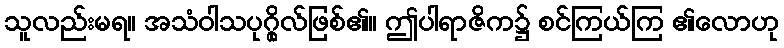
သူလည်းမရ။ အသံဝါသပုဂ္ဂိုလ်ဖြစ်၏။ ဤပါရာဇိက၌ စင်ကြယ်ကြ ၏လောဟု